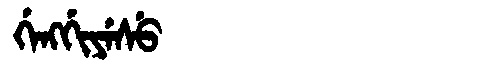
Manchu: ᡤᡝᠩᡤᡳᠶᡝᠰᡠ
Romanization: GENGGIYESU